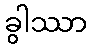
ခွါဿာ